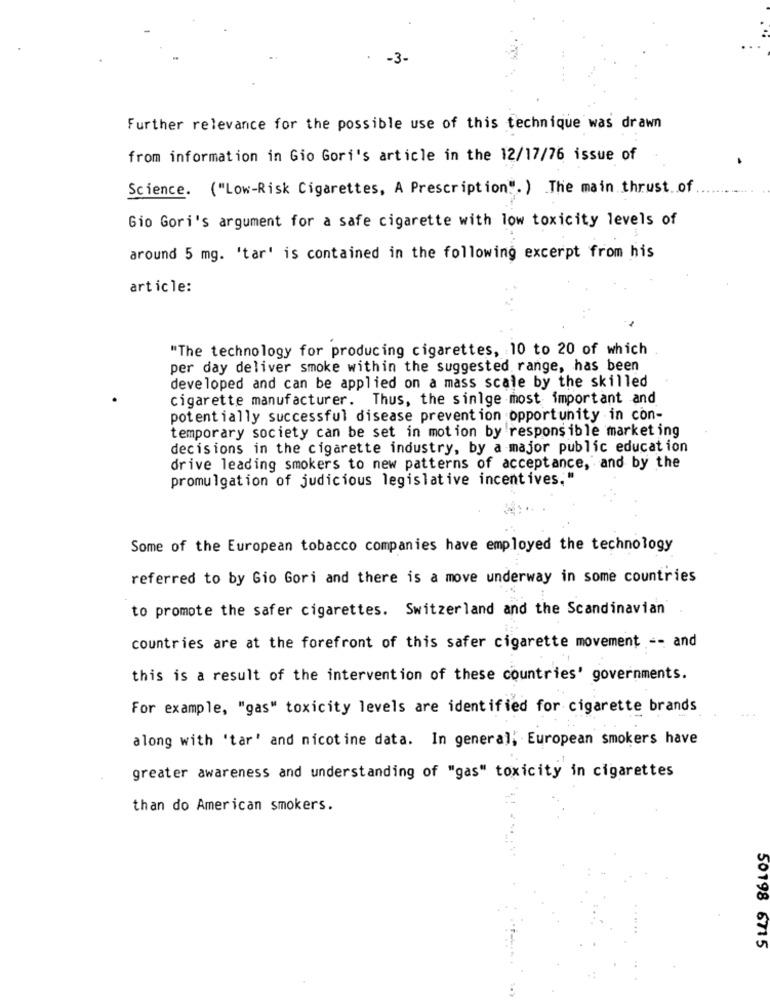
-3-
Further relevance for the possible use of this technique was drawn
from information in Gio Gori's article in the 12/17/76 issue of
Science. ("Low-Risk Cigarettes, A Prescription". ) The main thrust. . of
Gio Gori's argument for a safe cigarette with low toxicity levels of
around 5 mg. 'tar' is contained in the following excerpt from his
article:
"The technology for producing cigarettes, 10 to 20 of which
per day deliver smoke within the suggested range, has been
developed and can be applied on a mass scale by the skilled
cigarette manufacturer.
Thus, the sinlge most important and
potentially successful disease prevention opportunity in con-
temporary society can be set in motion by responsible marketing
decisions in the cigarette industry, by a major public education
drive leading smokers to new patterns of acceptance, and by the
promulgation of judicious legislative incentives."
Some of the European tobacco companies have employed the technology
referred to by Gio Gori and there is a move underway in some countries
to promote the safer cigarettes. Switzerland and the Scandinavian
countries are at the forefront of this safer cigarette movement -- and
this is a result of the intervention of these countries' governments.
For example, "gas" toxicity levels are identified for cigarette brands
along with 'tar' and nicotine data. In general, European smokers have
greater awareness and understanding of "gas" toxicity in cigarettes
than do American smokers.
50198 6715